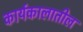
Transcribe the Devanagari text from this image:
कार्यकालातील